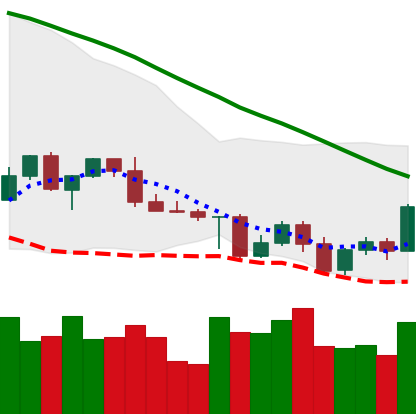
Ticker: LTC-USD
Chart end date: 2022-05-04
Forward return: -26.646%
Label: down_7plus